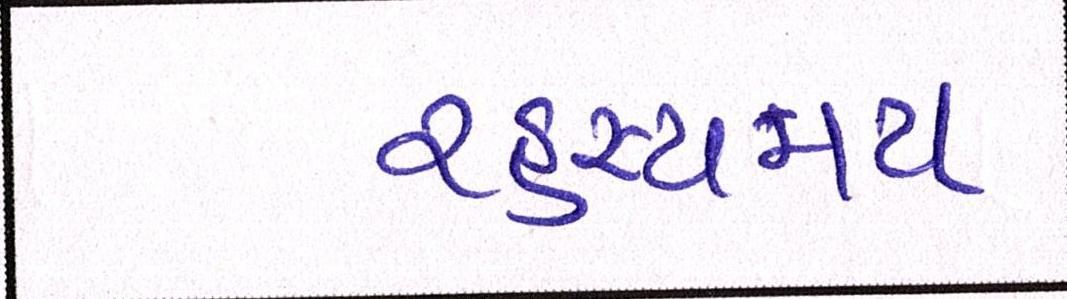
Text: રહસ્યમય